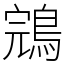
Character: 鵍